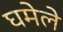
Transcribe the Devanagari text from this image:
घमेले